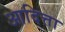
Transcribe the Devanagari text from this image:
आदित्ता